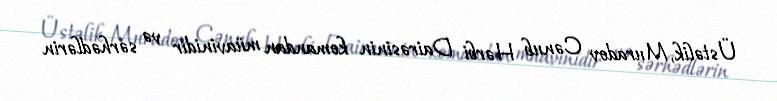
Üstəlik, Muradov Cənub Hərbi Dairəsinin komandan müavinidir və sərhədlərin